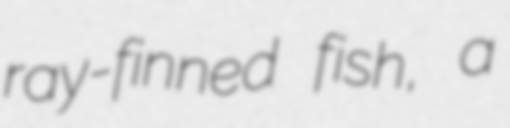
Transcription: ray-finned fish, a